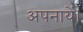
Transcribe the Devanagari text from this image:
अपनायें।